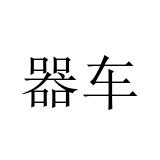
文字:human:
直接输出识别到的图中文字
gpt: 器车